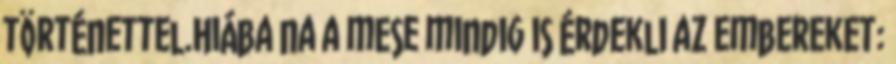
történettel.Hiába na a mese mindig is érdekli az embereket: